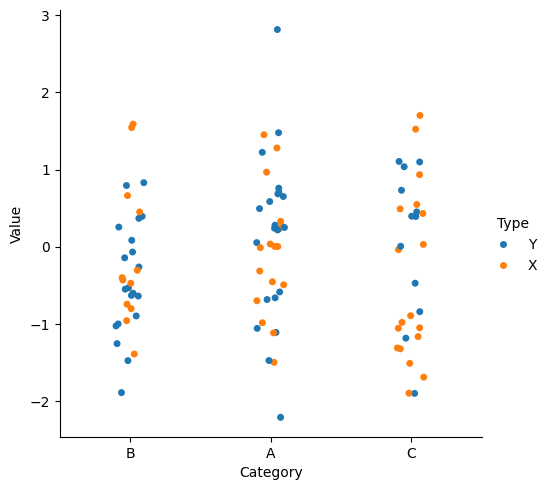
python, seaborn, catplot, kind='strip', height=5, aspect=1